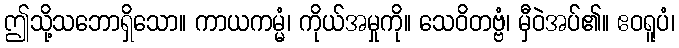
ဤသို့သဘောရှိသော။ ကာယကမ္မံ၊ ကိုယ်အမှုကို။ သေဝိတဗ္ဗံ၊ မှီဝဲအပ်၏။ ဧဝရူပံ၊